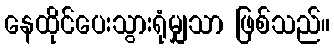
နေထိုင်ပေးသွားရုံမျှသာ ဖြစ်သည်။